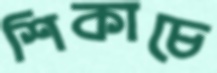
শিকাচে